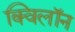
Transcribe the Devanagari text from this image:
क्विलॉन